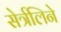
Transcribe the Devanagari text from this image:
सेर्त्रलिने